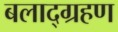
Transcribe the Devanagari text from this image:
बलाद्ग्रहण